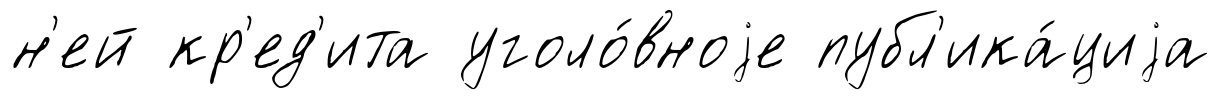
н'ей кр'ед'ита уголо́вноjе публ'ика́циjа